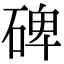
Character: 碑